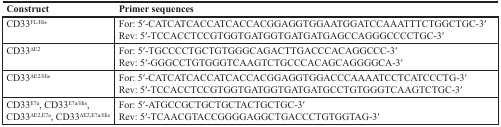
<table><thead><tr><td><b>Construct</b></td><td><b>Primer sequences</b></td></tr></thead><tbody><tr><td>CD33<sup>FL/His</sup></td><td>For: 5′-CATCATCACCATCACCACGGAGGTGGAATGGATCCAAATTTCTGGCTGC-3′ Rev: 5′-TCCACCTCCGTGGTGATGGTGATGATGAGCCAGGGCCCCTGC-3′</td></tr><tr><td>CD33<sup>∆E2</sup></td><td>For: 5′-TGCCCCTGCTGTGGGCAGACTTGACCCACAGGCCC-3′ Rev: 5′-GGGCCTGTGGGTCAAGTCTGCCCACAGCAGGGGCA-3′</td></tr><tr><td>CD33<sup>∆E2/His</sup></td><td>For: 5′-CATCATCACCATCACCACGGAGGTGGACCCAAAATCCTCATCCCTG-3′ Rev: 5′-TCCACCTCCGTGGTGATGGTGATGATGCCTGTGGGTCAAGTCTGC-3′</td></tr><tr><td>CD33<sup>E7a</sup>, CD33<sup>E7a/His</sup>, CD33<sup>∆E2,E7a</sup>, CD33<sup>∆E2,E7a/His</sup></td><td>For: 5′-ATGCCGCTGCTGCTACTGCTGC-3′ Rev: 5′-TCAACGTACCGGGGAGGCTGACCCTGTGGTAG-3′</td></tr></tbody></table>